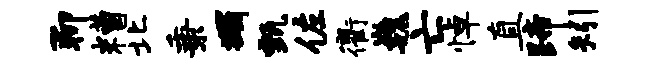
聊糟北秉蠲甄佐衢巍亡悼直蹄矧